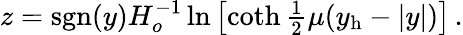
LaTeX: z=\mathrm{sgn}(y)H_{o}^{-1}\ln\left[\coth{\textstyle{\frac{1}{2}}}\mu(y_{\mathrm{h}}-|y|)\right]\, .